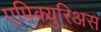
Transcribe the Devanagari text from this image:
एपिक्युरिअस